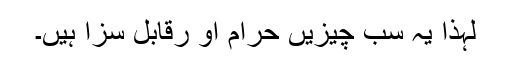
لہذا یہ سب چیزیں حرام او رقابل سزا ہیں۔